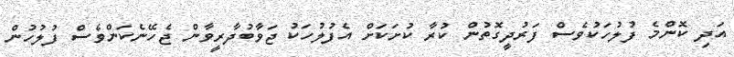
އަދި ކޮންމެ ފުލުހަކުވެސް ފަރުދީގޮތުން ކުރާ ކުށަކަށް އެފުލުހަކު ޖަވާބުދާރީވާން ޖެހޭނެކަންވެސް ފުލުހުން